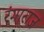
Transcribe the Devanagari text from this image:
रंगाराज